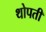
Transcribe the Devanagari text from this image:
थोपती